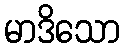
မာဒိသော